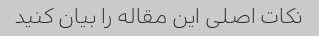
نکات اصلی این مقاله را بیان کنید